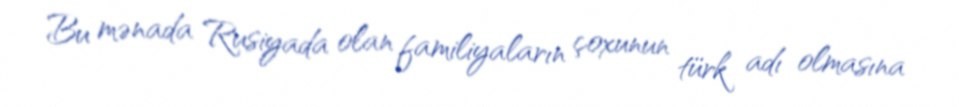
Bu mənada Rusiyada olan familiyaların çoxunun türk adı olmasına